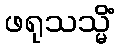
ဖရုသသ္မိံ